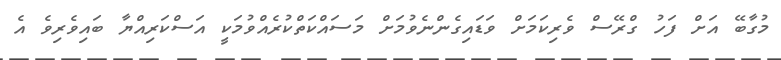
މުގާބޭ އަށް ފަހު ގްރޭސް ވެރިކަމަށް ވަޑައިގެންނެވުމަށް މަސައްކަތްކުރެއްވުމަކީ އަސްކަރިއްޔާ ބައިވެރިވެ އެ